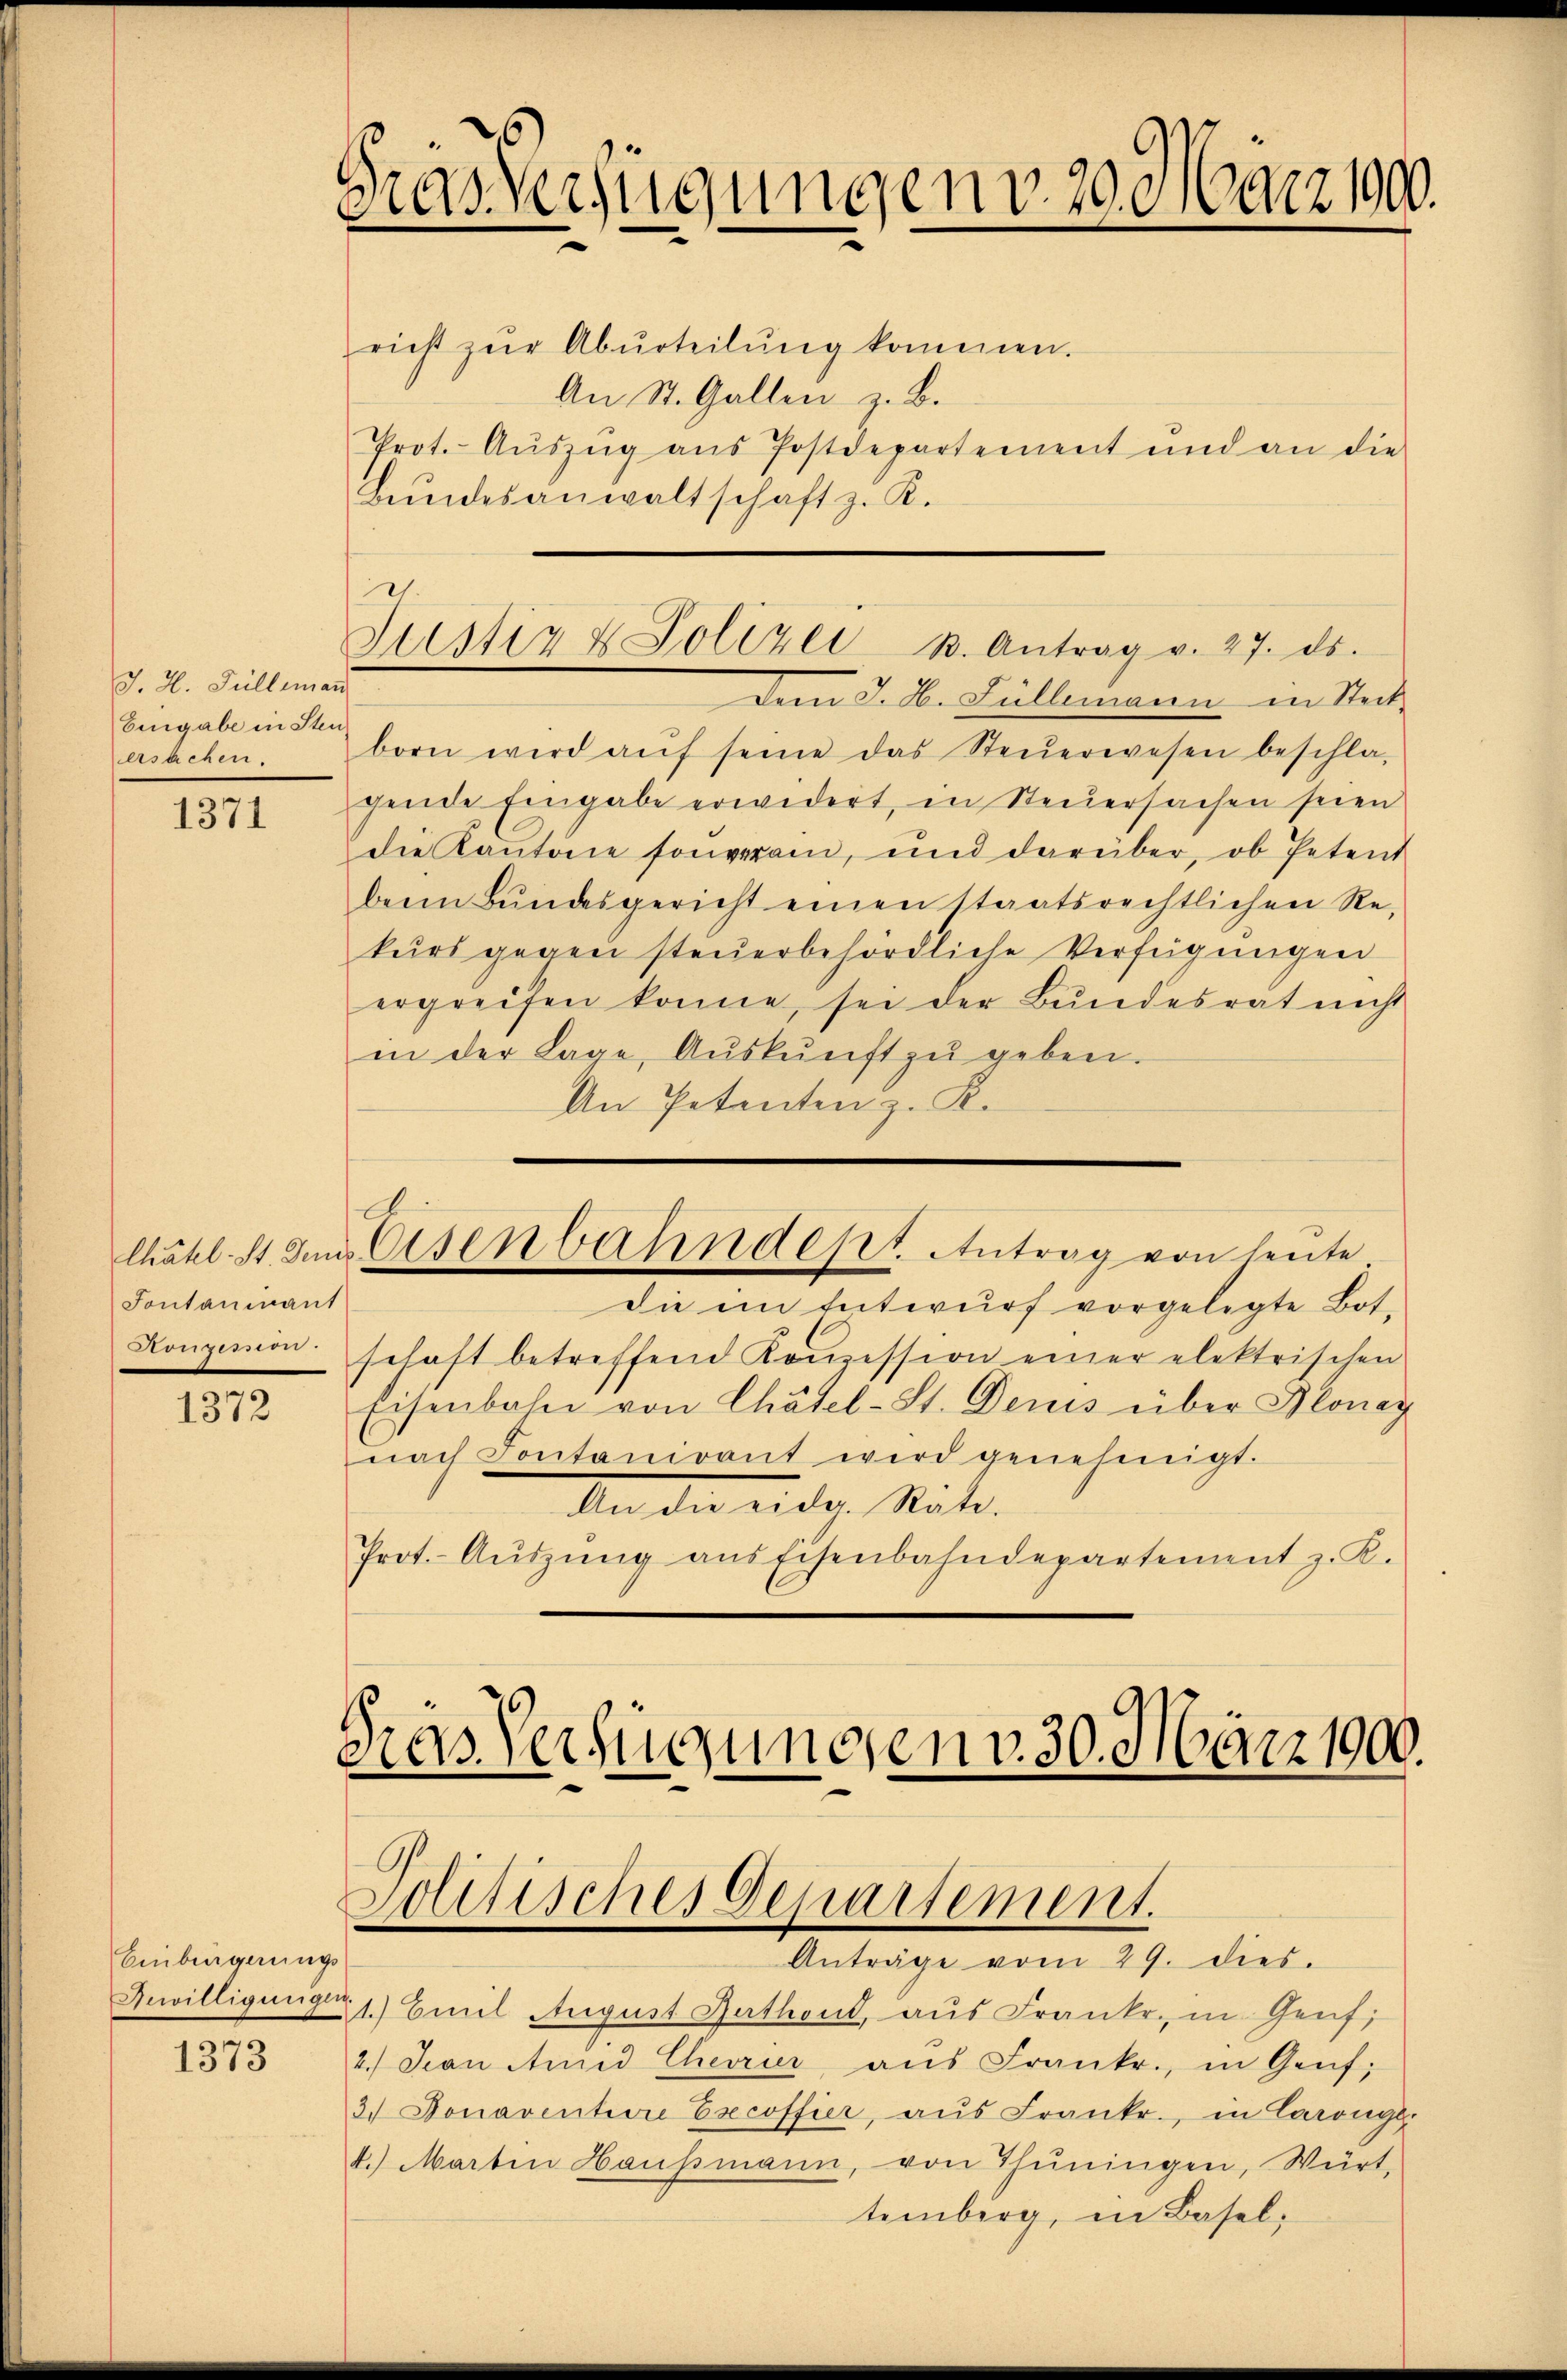
J. H. Fülleman
Eingabe in Steuerstehen.

1371

Sontaninant
2253

1372

Einbürgerungs
1373

Gras Verfügungen v. 20. März 190.

richt zŭr Abŭrteilŭng kommen.
An St. Gallen z. B.
Prot. Aŭszŭg aŭs Postdepartement und an die
Bŭndesanwaltschaft z. R.

Dem J. H. Füllemann in Steck
born wird aŭf seine das Steŭerwesen beschla-
gende Eingabe erwidert, in Steuersachen seien
die Kantone souveran, und darüber, ob Petent
beim Bundesgericht einen staatsrechtlichen Rekurs gegen steuerbehördliche Verfügungen
ergreifen könne, sei der Bundesrat nicht
in der Lage, Aŭskŭnft zŭ geben.
An Petenten z. K.

d.
Justiz & Polizei B. Antrag v. 27. ds.

die im Entwurf vorgelegte Bot-
schaft betreffend Konzession einer elektrischen
Eisenbahn von Chätel-St. Denis über Blonay
nach Contanirant wird genehmigt.
An die eidg. Räte.
Prot. Aŭszŭng aus Eisenbahndepartement z. K.

A.
Chätel. St. In Eisenbahndept. Antrag von heute

Das Verfügungen v. 30. März 1900.
Solitisches Departement.
Anträge vom 29. dies.

Bewilligungen 1.) Emil August Guthond, aus Franke, in Genf;
2. Jan und Chevrier aus Frankr., in Genf;
3.) Donavention Escoffier, aus Frankr., in Caröngg,
4.) Martin Haussmann, von Thuningen, Würt,
temberg, in Basel,